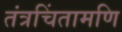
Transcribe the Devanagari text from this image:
तंत्रचिंतामणि